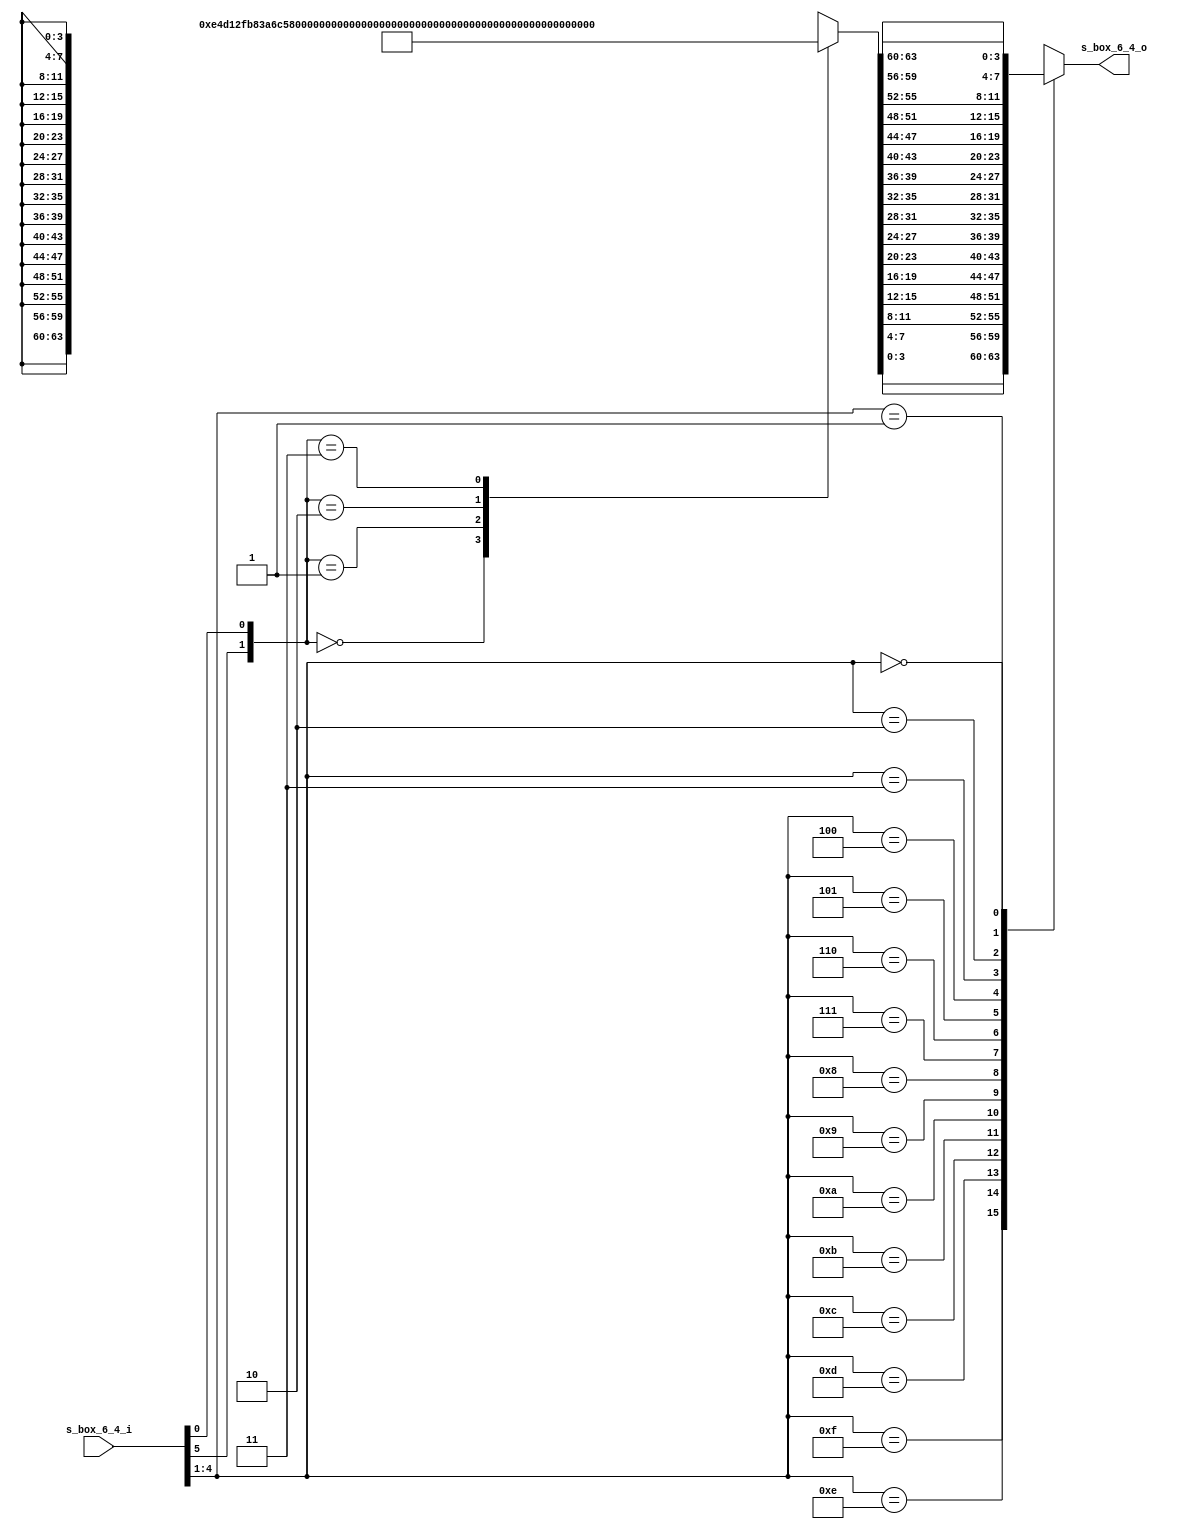
module s_box_6_4 #(
    parameter s_number = 0
)(
    input [5:0] s_box_6_4_i,
    output reg [3:0] s_box_6_4_o 
);
    //creates the eight different LUTs for the S-Boxes
    //get row and column
    wire [1:0] row;
    wire [3:0] column;

    assign row[1] = s_box_6_4_i[5];
    assign row[0] = s_box_6_4_i[0];
    assign column = s_box_6_4_i[4:1];

    reg [63:0] s_box_lut [0:3];
    wire [63:0] s_box_6_4_o_row;
    //based on what s number, we have a different LUT
    always @(s_box_6_4_i) begin : s_box
        case (s_number)
        0: begin
            s_box_lut[0] = 64'he4d12fb83a6c5907;
            s_box_lut[1] = 64'h0f74e2d1a6cb9538;
            s_box_lut[2] = 64'h41e8d62bfc973a50;
            s_box_lut[3] = 64'hfc8249175b3ea06d;
        end 
        1: begin
            s_box_lut[0] = 64'hf18e6b34972dc05a;
            s_box_lut[1] = 64'h3d47f28ec01a69b5;
            s_box_lut[2] = 64'h0e7ba4d158c6932f;
            s_box_lut[3] = 64'hd8a13f42b67c05e9;
        end
        2: begin
            s_box_lut[0] = 64'ha09e63f51dc7b428;
            s_box_lut[1] = 64'hd709346a285ecbf1;
            s_box_lut[2] = 64'hd6498f30b12c5ae7;
            s_box_lut[3] = 64'h1ad069874fe3b52c;
        end
        3: begin
            s_box_lut[0] = 64'h7de3069a1285bc4f;
            s_box_lut[1] = 64'hd8b56f03472c1ae9;
            s_box_lut[2] = 64'ha690cb7df13e5284;
            s_box_lut[3] = 64'h3f06a1d8945bc72e;
        end
        4: begin
            s_box_lut[0] = 64'h2c417ab6853fd0e9;
            s_box_lut[1] = 64'heb2c47d150fa3986;
            s_box_lut[2] = 64'h421bad78f9c5630e;
            s_box_lut[3] = 64'hb8c71e2d6f09a453;
        end
        5: begin
            s_box_lut[0] = 64'hc1af92680d34e75b;
            s_box_lut[1] = 64'haf427c9561de0b38;
            s_box_lut[2] = 64'h9ef528c3704a1db6;
            s_box_lut[3] = 64'h432c95fabe17608d;
        end
        6: begin
            s_box_lut[0] = 64'h4b2ef08d3c975a61;
            s_box_lut[1] = 64'hd0b7491ae35c2f86;
            s_box_lut[2] = 64'h14bdc37eaf680592;
            s_box_lut[3] = 64'h6bd814a7950fe23c;
        end
        7: begin
            s_box_lut[0] = 64'hd2846fb1a93e50c7;
            s_box_lut[1] = 64'h1fd8a374c56b0e92;
            s_box_lut[2] = 64'h7b419ce206adf358;
            s_box_lut[3] = 64'h21e74a8dfc90356b;
        end
        default: begin
            s_box_lut[0] = 64'h0000000000000000;
            s_box_lut[1] = 64'h0000000000000000;
            s_box_lut[2] = 64'h0000000000000000;
            s_box_lut[3] = 64'h0000000000000000;
        end
    endcase
    end
    //we just access the LUT to get the value
    assign s_box_6_4_o_row = s_box_lut[row];
    always @(*) begin
        case (column)
            4'hf: s_box_6_4_o = s_box_6_4_o_row[3:0];
            4'he: s_box_6_4_o = s_box_6_4_o_row[7:4];
            4'hd: s_box_6_4_o = s_box_6_4_o_row[11:8];
            4'hc: s_box_6_4_o = s_box_6_4_o_row[15:12];
            4'hb: s_box_6_4_o = s_box_6_4_o_row[19:16];
            4'ha: s_box_6_4_o = s_box_6_4_o_row[23:20];
            4'h9: s_box_6_4_o = s_box_6_4_o_row[27:24];
            4'h8: s_box_6_4_o = s_box_6_4_o_row[31:28];
            4'h7: s_box_6_4_o = s_box_6_4_o_row[35:32];
            4'h6: s_box_6_4_o = s_box_6_4_o_row[39:36];
            4'h5: s_box_6_4_o = s_box_6_4_o_row[43:40];
            4'h4: s_box_6_4_o = s_box_6_4_o_row[47:44];
            4'h3: s_box_6_4_o = s_box_6_4_o_row[51:48];
            4'h2: s_box_6_4_o = s_box_6_4_o_row[55:52];
            4'h1: s_box_6_4_o = s_box_6_4_o_row[59:56];
            4'h0: s_box_6_4_o = s_box_6_4_o_row[63:60];
            default: s_box_6_4_o = s_box_6_4_o_row[63:60];
        endcase
    end
endmodule